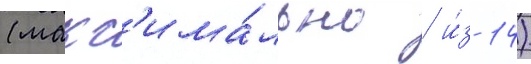
(макс'има́льно / и́з 14)